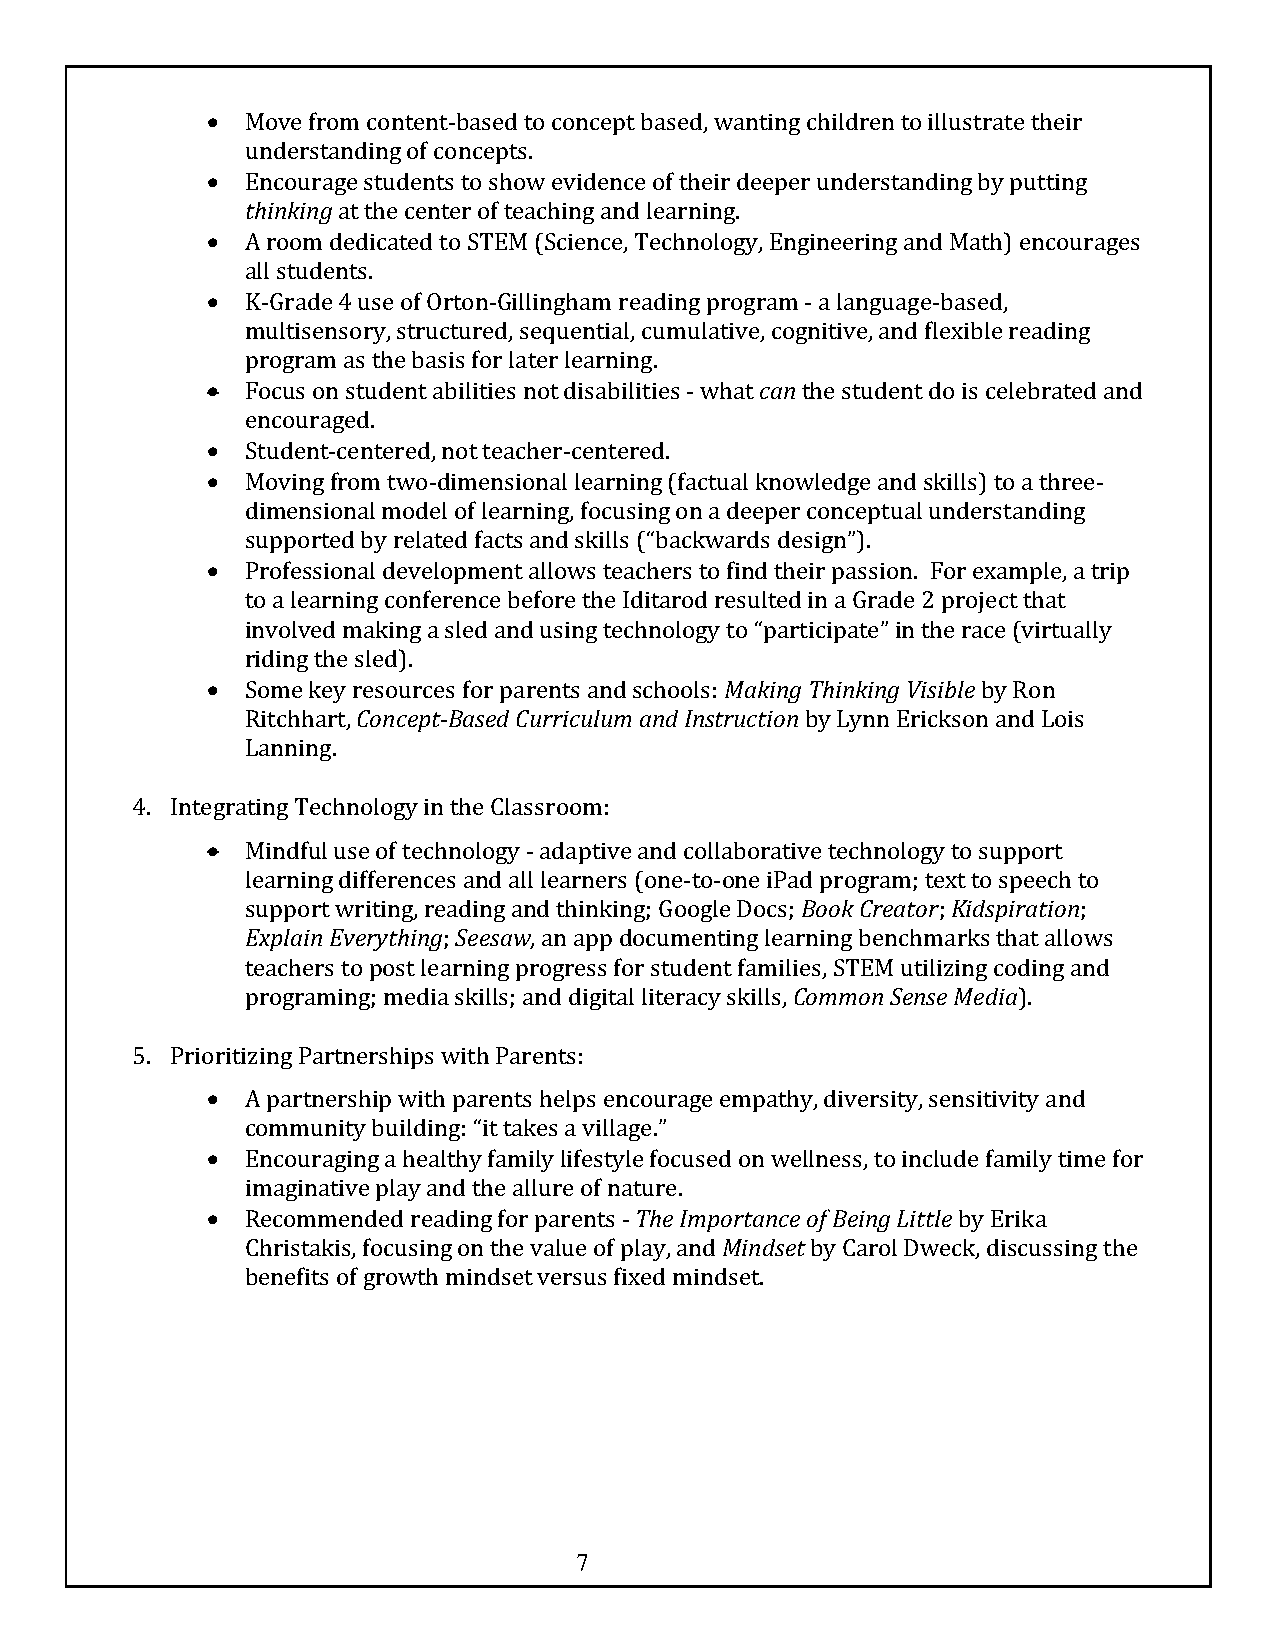
• Move from content-based to concept based, wanting children to illustrate their
 understanding of concepts.
 • Encourage students to show evidence of their deeper understanding by putting
 thinking at the center of teaching and learning.
 • A room dedicated to STEM (Science, Technology, Engineering and Math) encourages
 all students.
 • K-Grade 4 use of Orton-Gillingham reading program - a language-based,
 multisensory, structured, sequential, cumulative, cognitive, and flexible reading
 program as the basis for later learning.
 • Focus on student abilities not disabilities - what can the student do is celebrated and
 encouraged.
 • Student-centered, not teacher-centered.
 • Moving from two-dimensional learning (factual knowledge and skills) to a three-
 dimensional model of learning, focusing on a deeper conceptual understanding
 supported by related facts and skills (“backwards design”).
 • Professional development allows teachers to find their passion. For example, a trip
 to a learning conference before the Iditarod resulted in a Grade 2 project that
 involved making a sled and using technology to “participate” in the race (virtually
 riding the sled).
 • Some key resources for parents and schools: Making Thinking Visible by Ron
 Ritchhart, Concept-Based Curriculum and Instruction by Lynn Erickson and Lois
 Lanning.
 4. Integrating Technology in the Classroom:
 • Mindful use of technology - adaptive and collaborative technology to support
 learning differences and all learners (one-to-one iPad program; text to speech to
 support writing, reading and thinking; Google Docs; Book Creator; Kidspiration;
 Explain Everything; Seesaw, an app documenting learning benchmarks that allows
 teachers to post learning progress for student families, STEM utilizing coding and
 programing; media skills; and digital literacy skills, Common Sense Media).
 5. Prioritizing Partnerships with Parents:
 • A partnership with parents helps encourage empathy, diversity, sensitivity and
 community building: “it takes a village.”
 • Encouraging a healthy family lifestyle focused on wellness, to include family time for
 imaginative play and the allure of nature.
 • Recommended reading for parents - The Importance of Being Little by Erika
 Christakis, focusing on the value of play, and Mindset by Carol Dweck, discussing the
 benefits of growth mindset versus fixed mindset.
 7